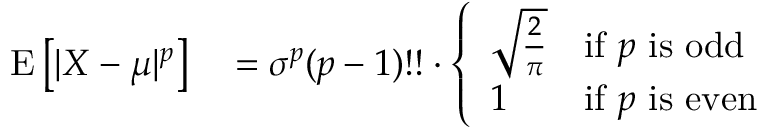
\begin{array} { r l } { \operatorname { E } \left[ | X - \mu | ^ { p } \right] } & { { } = \sigma ^ { p } ( p - 1 ) ! ! \cdot { \left\{ \begin{array} { l l } { { \sqrt { \frac { 2 } { \pi } } } } & { { \mathrm { i f ~ } } p { \mathrm { ~ i s ~ o d d } } } \\ { 1 } & { { \mathrm { i f ~ } } p { \mathrm { ~ i s ~ e v e n } } } \end{array} \right. } } \end{array}